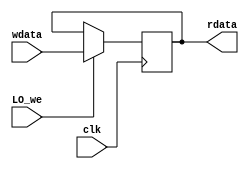
module regfile_LO(
    input wire clk,
    input wire LO_we,
    input wire[31:0]wdata,
    
    output wire[31:0] rdata
);   
    reg [31:0]rf_LO;
    always @ (posedge clk) begin
        if (LO_we) begin
           rf_LO <= wdata;
        end
    end
    
    assign rdata = rf_LO;
endmodule